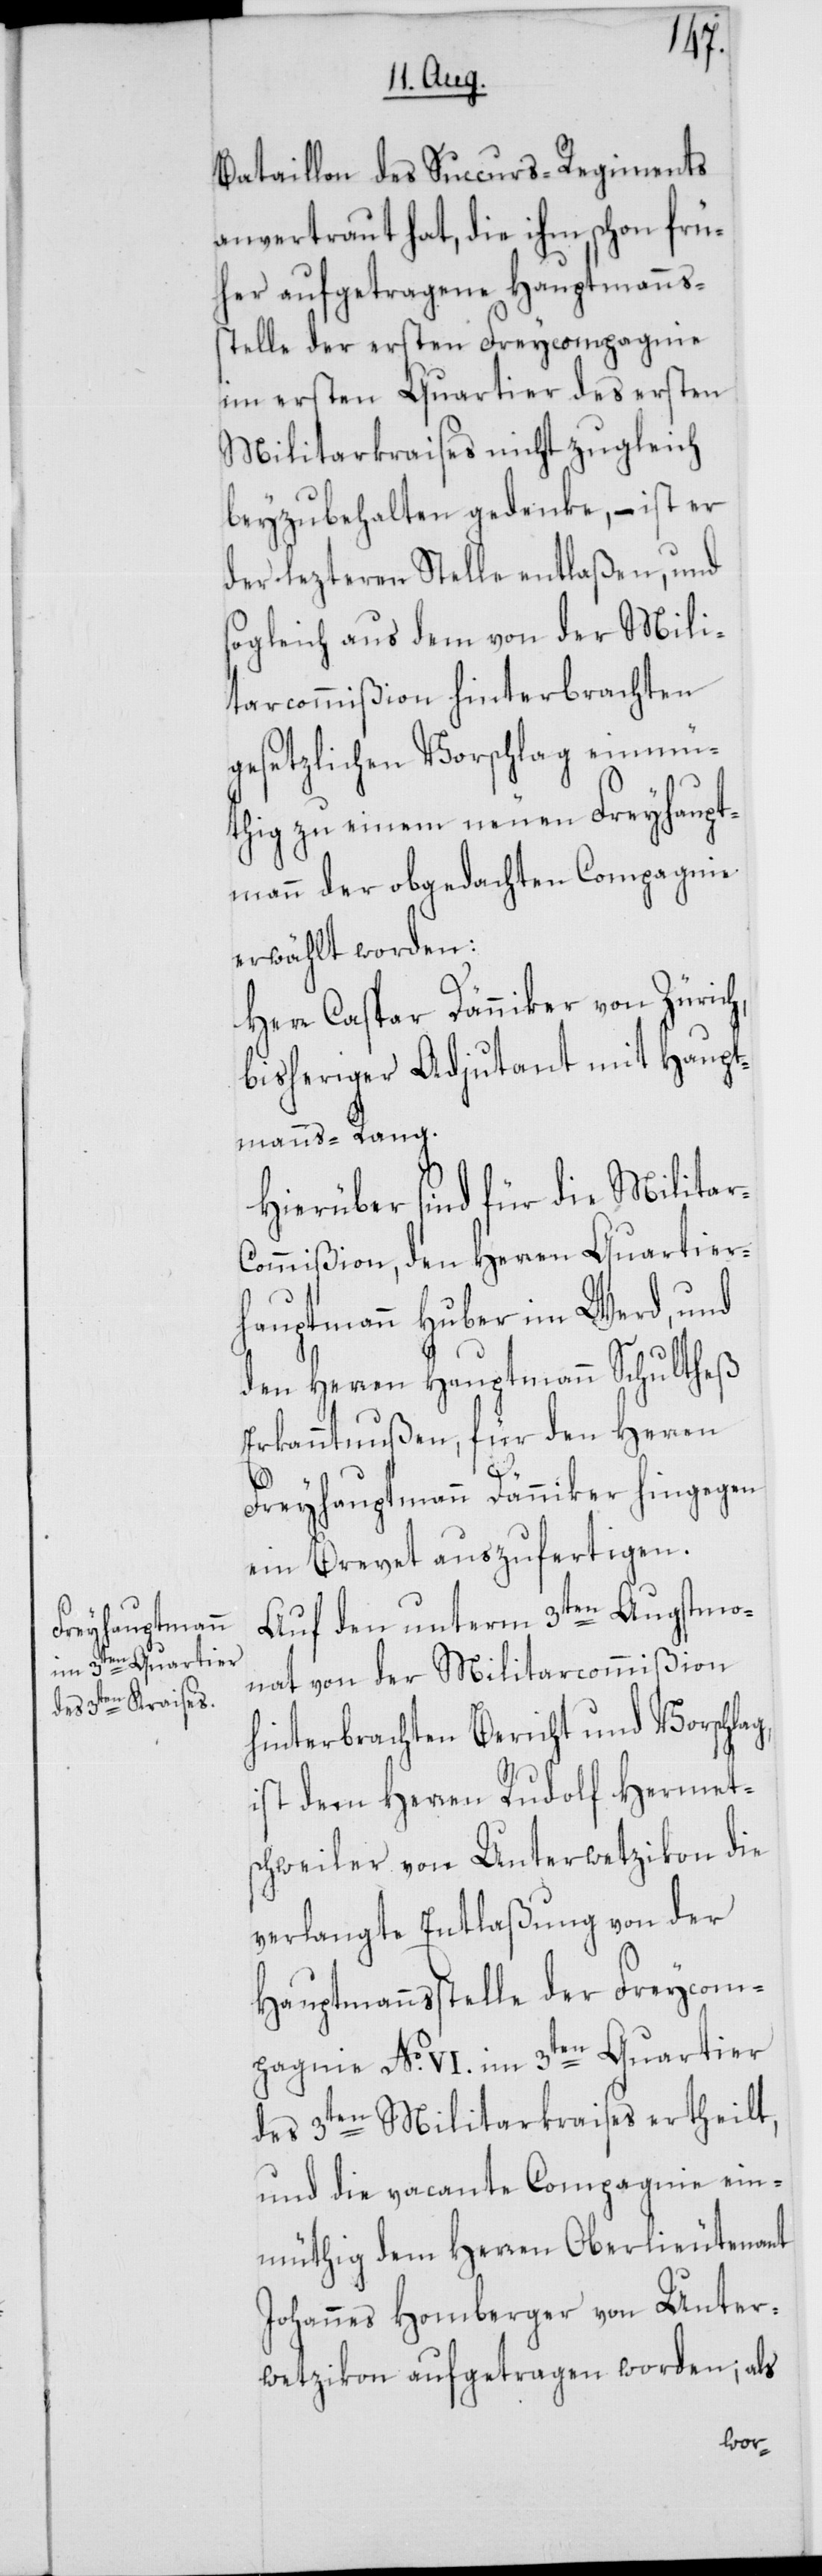
Bataillon des Succurs-Regiments
anvertraut hat, die ihm schon frü¬
her aufgetragene Hauptmanns¬
stelle der ersten Freycompagnie
im ersten Quartier des ersten
Militarkraises nicht zugleich
beyzubehalten gedenke, – ist er
der lezteren Stelle entlaßen, und
sogleich aus dem von der Mili¬
tarcommißion hinterbrachten
gesetzlichen Vorschlag einmü¬
thig zu einem neuen Freyhaupt¬
mann der obgedachten Compagnie
erwählt worden:
Herr Caspar Dänniker von Zürich,
bisheriger Adjutant mit Haupt¬
manns-Rang.
Hierüber sind für die Milita¬
ommißion, den Herren Quartier¬
hauptmann Huber im Werd, und
den Herren Hauptmann Schultheß
Erkanntnußen, für den Herren
r-C¬
Freyhauptmann Dänniker hingegen
ein Brevet auszufertigen.
Auf den unterm 3ten Augstmo¬
nat von der Militarcommißion
hinterbrachten Bericht und Vorschlag,
ist dem Herren Rudolf Hermets¬
chweiler von Unterwetzikon die
verlangte Entlaßung von der
Hauptmannsstelle der Freycom¬
pagnie No. VI. im 3ten Quartier
des 3ten Militarkraises ertheilt,
und die vacante Compagnie ein¬
müthig dem Herren Oberlieutenant
Johannes Homberger von Unter¬
wetzikon aufgetragen worden; als